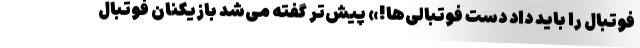
فوتبال را باید داد دست فوتبالی‌ها!» پیش‌تر گفته می‌شد بازیکنان فوتبال